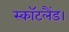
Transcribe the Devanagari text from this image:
स्कॉटलैंड।